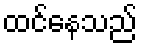
ထင်နေသည်